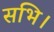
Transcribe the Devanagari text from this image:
सभि।